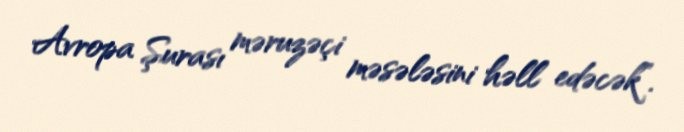
Avropa Şurası məruzəçi məsələsini həll edəcək”.